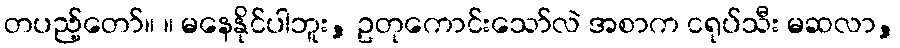
တပည့်တော်။ ။ မနေနိုင်ပါဘူး, ဥတုကောင်းသော်လဲ အစာက ငရုပ်သီး မဆလာ,